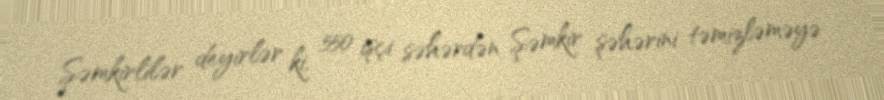
Şəmkirlilər deyirlər ki, 550 işçi səhərdən Şəmkir şəhərini təmizləməyə